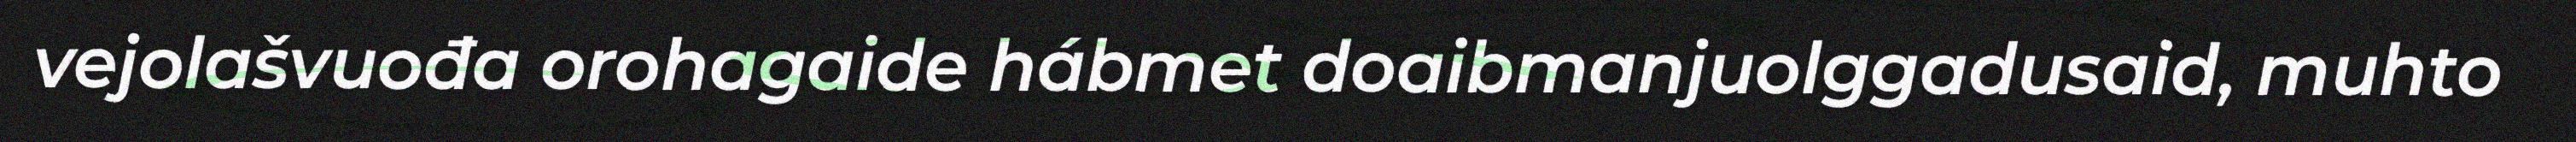
vejolašvuođa orohagaide hábmet doaibmanjuolggadusaid, muhto